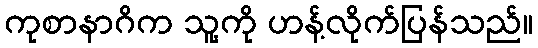
ကုစာနာဂိက သူ့ကို ဟန့်လိုက်ပြန်သည်။